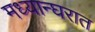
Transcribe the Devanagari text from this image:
मध्यान्घरात